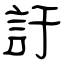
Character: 訏